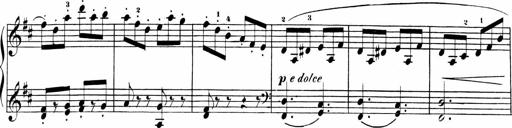
Title: Sonatinas
Composer: Andrew Violette